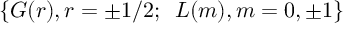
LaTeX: \{ G ( r ) , r = \pm 1 / 2 ; \, \, \, L ( m ) , m = 0 , \pm 1 \}